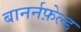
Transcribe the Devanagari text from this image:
बानर्नफ़ेल्ड